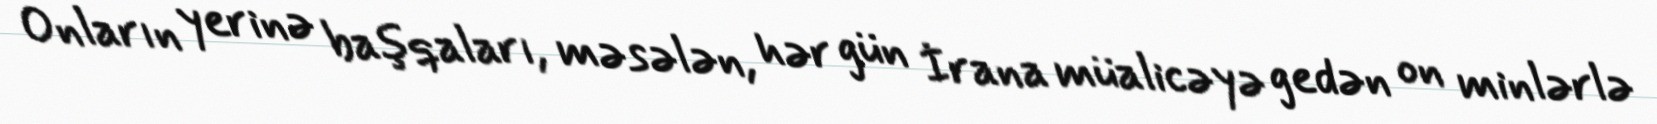
Onların yerinə başqaları, məsələn, hər gün İrana müalicəyə gedən on minlərlə